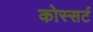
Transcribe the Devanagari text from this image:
कोस्सर्ट